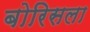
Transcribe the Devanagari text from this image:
बोरिसला